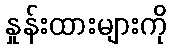
နှုန်းထားများကို